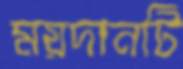
ময়দানটি